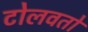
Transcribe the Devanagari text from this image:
टोलवतो